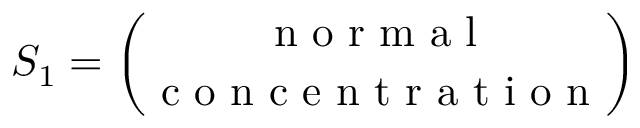
S _ { 1 } = \binom { \mathrm { ~ n ~ o ~ r ~ m ~ a ~ l ~ } } { \mathrm { ~ c ~ o ~ n ~ c ~ e ~ n ~ t ~ r ~ a ~ t ~ i ~ o ~ n ~ } }